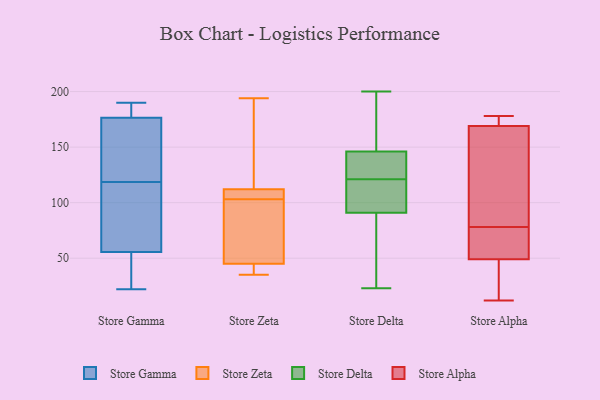
{"axis": {"x": "Market Share (%)", "y": "Value"}, "legend": ["Store Alpha", "Store Delta", "Store Gamma", "Store Zeta"], "data": [{"x": "", "y": 37, "type": "Store Gamma"}, {"x": "", "y": 177, "type": "Store Gamma"}, {"x": "", "y": 99, "type": "Store Gamma"}, {"x": "", "y": 190, "type": "Store Gamma"}, {"x": "", "y": 22, "type": "Store Gamma"}, {"x": "", "y": 64, "type": "Store Gamma"}, {"x": "", "y": 181, "type": "Store Gamma"}, {"x": "", "y": 120, "type": "Store Gamma"}, {"x": "", "y": 112, "type": "Store Gamma"}, {"x": "", "y": 138, "type": "Store Gamma"}, {"x": "", "y": 47, "type": "Store Gamma"}, {"x": "", "y": 176, "type": "Store Gamma"}, {"x": "", "y": 117, "type": "Store Gamma"}, {"x": "", "y": 187, "type": "Store Gamma"}, {"x": "", "y": 134, "type": "Store Gamma"}, {"x": "", "y": 24, "type": "Store Gamma"}, {"x": "", "y": 110, "type": "Store Zeta"}, {"x": "", "y": 35, "type": "Store Zeta"}, {"x": "", "y": 166, "type": "Store Zeta"}, {"x": "", "y": 194, "type": "Store Zeta"}, {"x": "", "y": 99, "type": "Store Zeta"}, {"x": "", "y": 108, "type": "Store Zeta"}, {"x": "", "y": 41, "type": "Store Zeta"}, {"x": "", "y": 40, "type": "Store Zeta"}, {"x": "", "y": 45, "type": "Store Zeta"}, {"x": "", "y": 107, "type": "Store Zeta"}, {"x": "", "y": 68, "type": "Store Zeta"}, {"x": "", "y": 112, "type": "Store Zeta"}, {"x": "", "y": 54, "type": "Store Zeta"}, {"x": "", "y": 186, "type": "Store Zeta"}, {"x": "", "y": 105, "type": "Store Delta"}, {"x": "", "y": 34, "type": "Store Delta"}, {"x": "", "y": 200, "type": "Store Delta"}, {"x": "", "y": 88, "type": "Store Delta"}, {"x": "", "y": 124, "type": "Store Delta"}, {"x": "", "y": 60, "type": "Store Delta"}, {"x": "", "y": 140, "type": "Store Delta"}, {"x": "", "y": 174, "type": "Store Delta"}, {"x": "", "y": 127, "type": "Store Delta"}, {"x": "", "y": 161, "type": "Store Delta"}, {"x": "", "y": 94, "type": "Store Delta"}, {"x": "", "y": 60, "type": "Store Delta"}, {"x": "", "y": 149, "type": "Store Delta"}, {"x": "", "y": 143, "type": "Store Delta"}, {"x": "", "y": 118, "type": "Store Delta"}, {"x": "", "y": 23, "type": "Store Delta"}, {"x": "", "y": 107, "type": "Store Delta"}, {"x": "", "y": 128, "type": "Store Delta"}, {"x": "", "y": 194, "type": "Store Delta"}, {"x": "", "y": 109, "type": "Store Delta"}, {"x": "", "y": 83, "type": "Store Alpha"}, {"x": "", "y": 73, "type": "Store Alpha"}, {"x": "", "y": 178, "type": "Store Alpha"}, {"x": "", "y": 23, "type": "Store Alpha"}, {"x": "", "y": 175, "type": "Store Alpha"}, {"x": "", "y": 44, "type": "Store Alpha"}, {"x": "", "y": 49, "type": "Store Alpha"}, {"x": "", "y": 59, "type": "Store Alpha"}, {"x": "", "y": 169, "type": "Store Alpha"}, {"x": "", "y": 69, "type": "Store Alpha"}, {"x": "", "y": 134, "type": "Store Alpha"}, {"x": "", "y": 152, "type": "Store Alpha"}, {"x": "", "y": 19, "type": "Store Alpha"}, {"x": "", "y": 72, "type": "Store Alpha"}, {"x": "", "y": 176, "type": "Store Alpha"}, {"x": "", "y": 136, "type": "Store Alpha"}, {"x": "", "y": 177, "type": "Store Alpha"}, {"x": "", "y": 12, "type": "Store Alpha"}]}